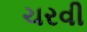
ચરવી